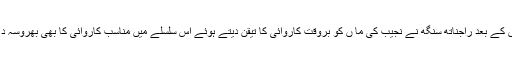
جس کے بعد راجناتھ سنگھ نے نجیب کی ما ں کو بروقت کاروائی کا تیقن دیتے ہوئے اس سلسلے میں مناسب کاروائی کا بھی بھروسہ دلایا۔